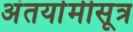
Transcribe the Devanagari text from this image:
अंतर्यामीसूत्र